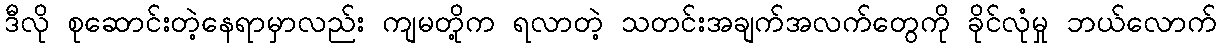
ဒီလို စုဆောင်းတဲ့နေရာမှာလည်း ကျမတို့က ရလာတဲ့ သတင်းအချက်အလက်တွေကို ခိုင်လုံမှု ဘယ်လောက်